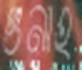
গুনাহ